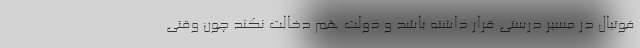
فوتبال در مسیر درستی قرار داشته باشد و دولت هم دخالت نکند چون وقتی